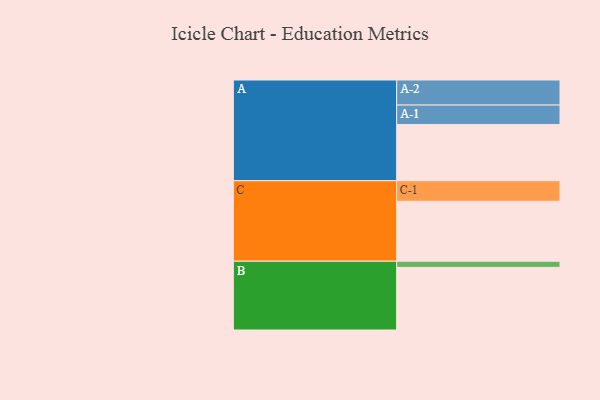
{"axis": {"x": "Segment", "y": "Value"}, "legend": ["", "A", "B", "C"], "data": [{"x": "A", "y": 539, "type": ""}, {"x": "B", "y": 600, "type": ""}, {"x": "C", "y": 574, "type": ""}, {"x": "A-1", "y": 186, "type": "A"}, {"x": "A-2", "y": 240, "type": "A"}, {"x": "B-1", "y": 59, "type": "B"}, {"x": "C-1", "y": 197, "type": "C"}]}